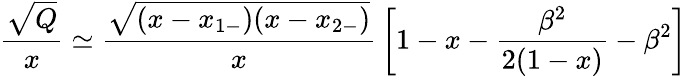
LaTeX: {\frac{\sqrt{Q}}{x}}\simeq{\frac{\sqrt{(x-x_{1-})(x-x_{2-})}}{x}}\left[1-x-{\frac{\beta^{2}}{2(1-x)}}-\beta^{2}\right]